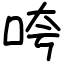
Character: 咵